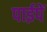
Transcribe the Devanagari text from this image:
पाईपें